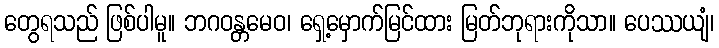
တွေရသည် ဖြစ်ပါမူ။ ဘဂဝန္တမေဝ၊ ရှေ့မှောက်မြင်ထား မြတ်ဘုရားကိုသာ။ ပေဿယျံ၊